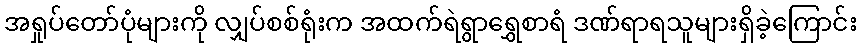
အရှုပ်တော်ပုံများကို လျှပ်စစ်ရုံးက အထက်ရဲရွာရွှေစာရံ ဒဏ်ရာရသူများရှိခဲ့ကြောင်း